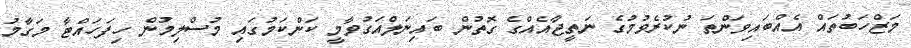
މަޒްހަބުތައް އެއްބައިވަންތަ ނުކުރެވުމުގެ ނަތީޖާއެއްގެ ގޮތުން ބައިނަލްއަގުވާމީ ކަންކަމުގައި މުސްލިމުން ހިފަހައްޓާ މަގާމު